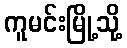
ကူမင်းမြို့သို့